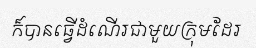
ក៏បានធ្វើដំណើរជាមួយក្រុមដែរ